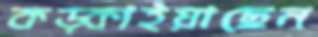
কড়্‌কাইয়াছেন